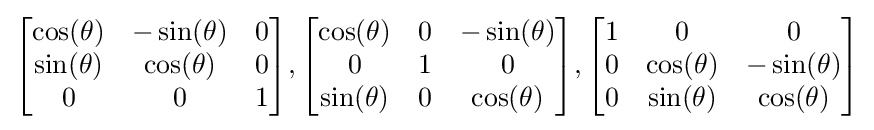
{\begin{bmatrix}\cos(\theta )&-\sin(\theta )&0\\\sin(\theta )&\cos(\theta )&0\\0&0&1\end{bmatrix}},{\begin{bmatrix}\cos(\theta )&0&-\sin(\theta )\\0&1&0\\\sin(\theta )&0&\cos(\theta )\end{bmatrix}},{\begin{bmatrix}1&0&0\\0&\cos(\theta )&-\sin(\theta )\\0&\sin(\theta )&\cos(\theta )\end{bmatrix}}